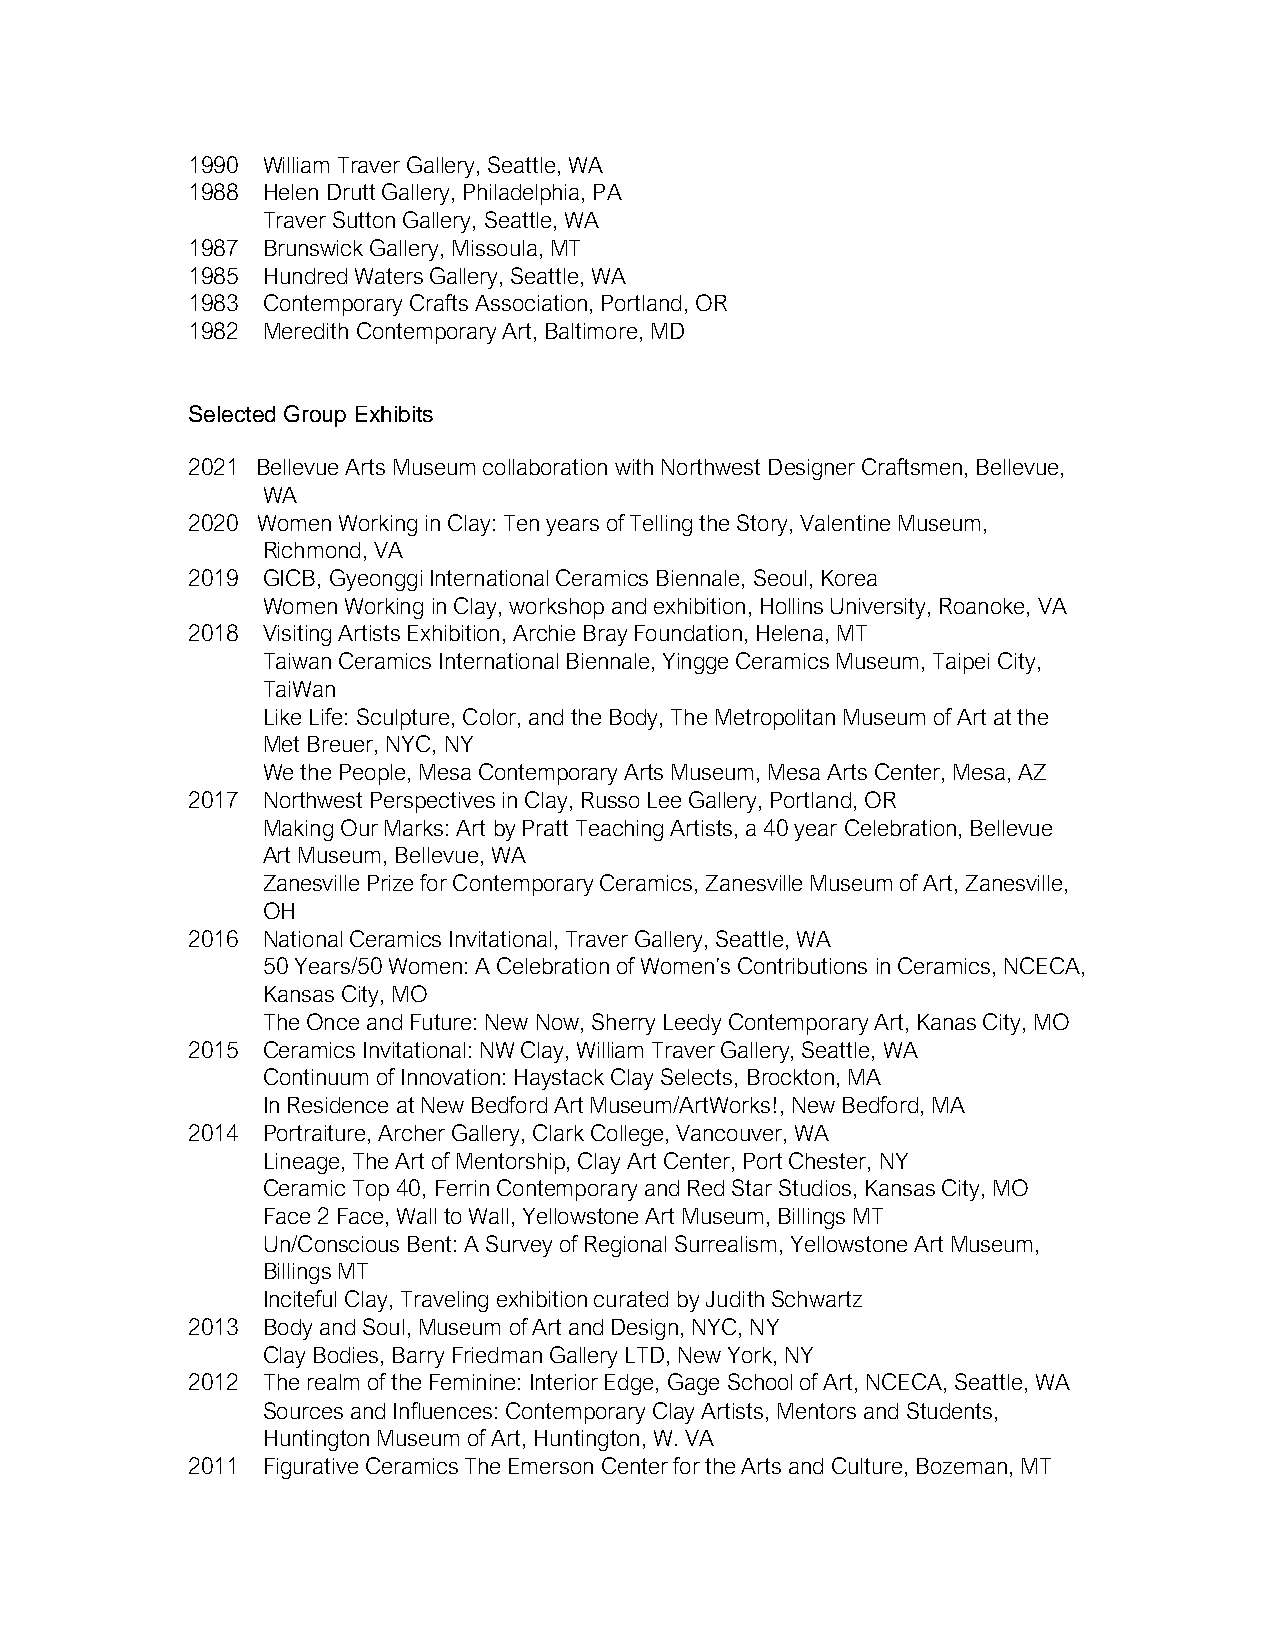
1990 William Traver Gallery, Seattle, WA
 1988 Helen Drutt Gallery, Philadelphia, PA
 Traver Sutton Gallery, Seattle, WA
 1987 Brunswick Gallery, Missoula, MT
 1985 Hundred Waters Gallery, Seattle, WA
 1983 Contemporary Crafts Association, Portland, OR
 1982 Meredith Contemporary Art, Baltimore, MD
 Selected Group Exhibits
 2021 Bellevue Arts Museum collaboration with Northwest Designer Craftsmen, Bellevue,
 WA
 2020 Women Working in Clay: Ten years of Telling the Story, Valentine Museum,
 Richmond, VA
 2019 GICB, Gyeonggi International Ceramics Biennale, Seoul, Korea
 Women Working in Clay, workshop and exhibition, Hollins University, Roanoke, VA
 2018 Visiting Artists Exhibition, Archie Bray Foundation, Helena, MT
 Taiwan Ceramics International Biennale, Yingge Ceramics Museum, Taipei City,
 TaiWan
 Like Life: Sculpture, Color, and the Body, The Metropolitan Museum of Art at the
 Met Breuer, NYC, NY
 We the People, Mesa Contemporary Arts Museum, Mesa Arts Center, Mesa, AZ
 2017 Northwest Perspectives in Clay, Russo Lee Gallery, Portland, OR
 Making Our Marks: Art by Pratt Teaching Artists, a 40 year Celebration, Bellevue
 Art Museum, Bellevue, WA
 Zanesville Prize for Contemporary Ceramics, Zanesville Museum of Art, Zanesville,
 OH
 2016 National Ceramics Invitational, Traver Gallery, Seattle, WA
 50 Years/50 Women: A Celebration of Women’s Contributions in Ceramics, NCECA,
 Kansas City, MO
 The Once and Future: New Now, Sherry Leedy Contemporary Art, Kanas City, MO
 2015 Ceramics Invitational: NW Clay, William Traver Gallery, Seattle, WA
 Continuum of Innovation: Haystack Clay Selects, Brockton, MA
 In Residence at New Bedford Art Museum/ArtWorks!, New Bedford, MA
 2014 Portraiture, Archer Gallery, Clark College, Vancouver, WA
 Lineage, The Art of Mentorship, Clay Art Center, Port Chester, NY
 Ceramic Top 40, Ferrin Contemporary and Red Star Studios, Kansas City, MO
 Face 2 Face, Wall to Wall, Yellowstone Art Museum, Billings MT
 Un/Conscious Bent: A Survey of Regional Surrealism, Yellowstone Art Museum,
 Billings MT
 Inciteful Clay, Traveling exhibition curated by Judith Schwartz
 2013 Body and Soul, Museum of Art and Design, NYC, NY
 Clay Bodies, Barry Friedman Gallery LTD, New York, NY
 2012 The realm of the Feminine: Interior Edge, Gage School of Art, NCECA, Seattle, WA
 Sources and Influences: Contemporary Clay Artists, Mentors and Students,
 Huntington Museum of Art, Huntington, W. VA
 2011 Figurative Ceramics The Emerson Center for the Arts and Culture, Bozeman, MT